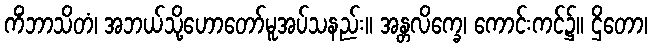
ကိံဘာသိတံ၊ အဘယ်သို့ဟောတော်မူအပ်သနည်း။ အန္တလိက္ခေ၊ ကောင်းကင်၌။ ဌိတော၊